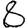
Digit: 8